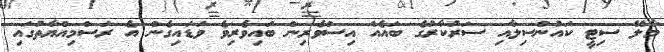
މާލޭ ސިޓީ ކައުންސިލާއި ސަރުކާރުގެ ބައެއް އިސްވެރިން ބައިވެރިވެ ވަޑައިގެން އެ ރަސްމިއްޔާތުގައި